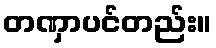
တဏှာပင်တည်း။